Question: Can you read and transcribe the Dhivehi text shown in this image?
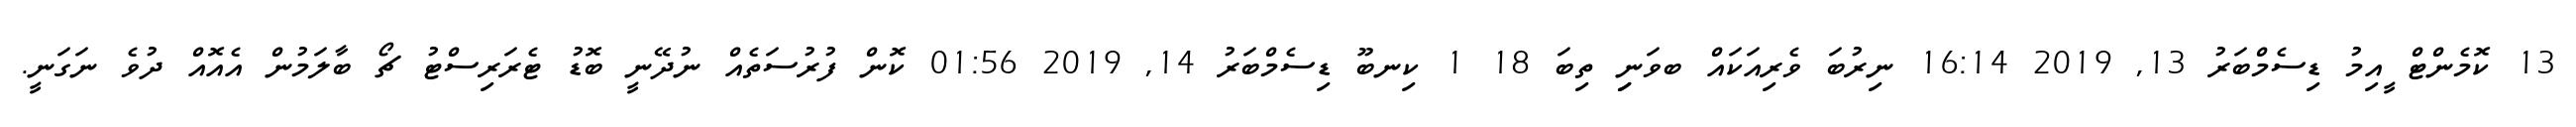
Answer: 13 ކޮމެންޓް ީއިމު ޑިސެމްބަރު 13, 2019 16:14 ނިރުބަ ވެރިއަކައް ބވަނިި ތިބަ 18 1 ކިނބޫ ޑިސެމްބަރު 14, 2019 01:56 ކޮން ފުރުސަތެއް ނުދޭނީ ބޮޑު ޓެރަރިސްޓު ޗޯ ބާލަމުން އެއޮއް ދުވެ ނަގަނީ.